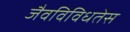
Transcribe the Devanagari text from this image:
जैवविविधतेस